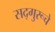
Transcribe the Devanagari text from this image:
सद्‌गुरूचे